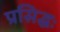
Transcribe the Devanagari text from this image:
प्रसिद्धः